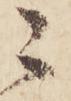
ニ